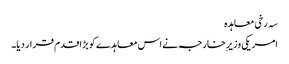
سہ رخی معاہدہ
امریکی وزیرِ خارجہ نے اس معاہدے کو بڑا قدم قرار دیا۔